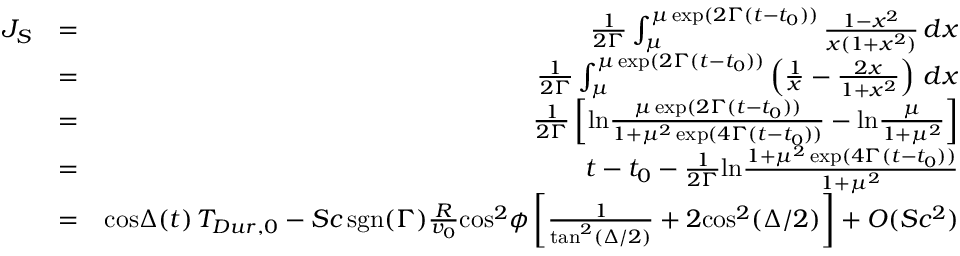
\begin{array} { r l r } { J _ { S } } & { = } & { { \frac { 1 } { 2 \Gamma } } \int _ { \mu } ^ { \mu \, \mathrm { e x p } ( 2 \Gamma ( t - t _ { 0 } ) ) } { \frac { 1 - x ^ { 2 } } { x ( 1 + x ^ { 2 } ) } } \, d x } \\ & { = } & { { \frac { 1 } { 2 \Gamma } } \int _ { \mu } ^ { \mu \, \mathrm { e x p } ( 2 \Gamma ( t - t _ { 0 } ) ) } \left( { \frac { 1 } { x } } - { \frac { 2 x } { 1 + x ^ { 2 } } } \right) \, d x } \\ & { = } & { { \frac { 1 } { 2 \Gamma } } \left[ \mathrm { l n } { \frac { \mu \, \mathrm { e x p } ( 2 \Gamma ( t - t _ { 0 } ) ) } { 1 + \mu ^ { 2 } \, \mathrm { e x p } ( 4 \Gamma ( t - t _ { 0 } ) ) } } - \mathrm { l n } { \frac { \mu } { 1 + \mu ^ { 2 } } } \right] } \\ & { = } & { t - t _ { 0 } - { \frac { 1 } { 2 \Gamma } } \mathrm { l n } { \frac { 1 + \mu ^ { 2 } \, \mathrm { e x p } ( 4 \Gamma ( t - t _ { 0 } ) ) } { 1 + \mu ^ { 2 } } } } \\ & { = } & { \mathrm { c o s } \Delta ( t ) \, T _ { D u r , 0 } - S c \, \mathrm { s g n } ( \Gamma ) { \frac { R } { v _ { 0 } } } \mathrm { c o s } ^ { 2 } \phi \left[ { \frac { 1 } { \mathrm { t a n } ^ { 2 } ( \Delta / 2 ) } } + 2 \mathrm { c o s } ^ { 2 } ( \Delta / 2 ) \right] + O ( S c ^ { 2 } ) } \end{array}